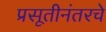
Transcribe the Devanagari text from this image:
प्रसूतीनंतरचे